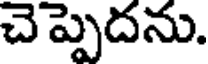
చెప్పెదను.